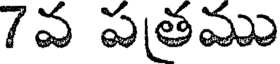
7వ పతము